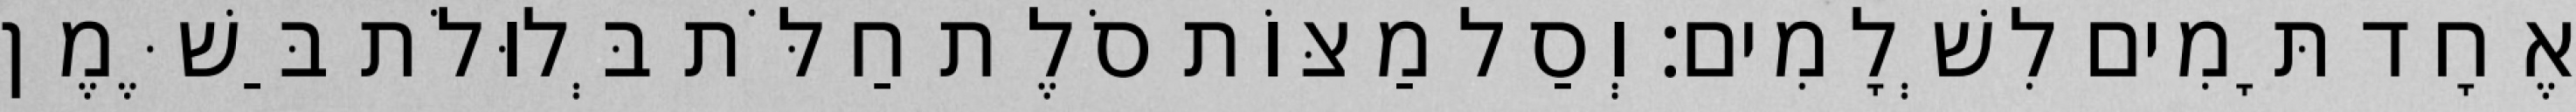
אֶחָד תָּמִים לִשְׁלָמִים׃ וְסַל מַצּוֹת סֹלֶת חַלֹּת בְּלוּלֹת בַּשֶּׁמֶן